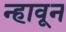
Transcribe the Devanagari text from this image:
न्हावून